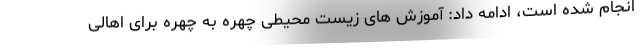
انجام شده است، ادامه داد: آموزش های زیست محیطی چهره به چهره برای اهالی